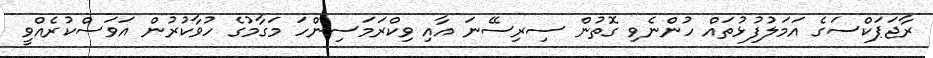
ރާޖަޕަކްސަގެ އަމަލުފުޅުތައް ހުންނެވި ގޮތުން ސިރިސޭނަ އާއި ވިކްރަމަސިންހަ މަގާމުގެ ހުވާކުރުން އަވަސްކުރެއްވީ